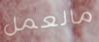
مالعمل